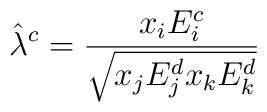
\hat{\lambda}^c=\frac{x_iE_i^c}{\sqrt{x_jE_j^dx_kE_k^d}}